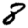
Digit: 8